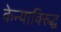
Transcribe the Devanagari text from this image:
केन्याविरुद्ध